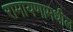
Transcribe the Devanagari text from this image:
रामायणामधील